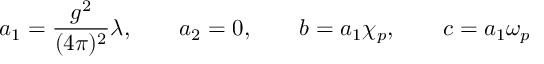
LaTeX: a _ { 1 } = \frac { g ^ { 2 } } { ( 4 \pi ) ^ { 2 } } \lambda , \qquad a _ { 2 } = 0 , \qquad b = a _ { 1 } \chi _ { p } , \qquad c = a _ { 1 } \omega _ { p }